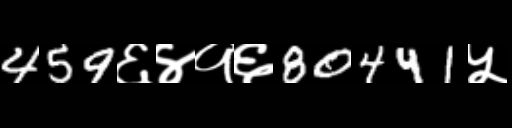
Text: 459६४१६80441५